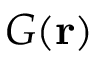
G ( \mathbf { r } )